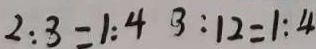
2 : 3 = 1 : 4 3 : 1 2 = 1 : 4